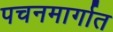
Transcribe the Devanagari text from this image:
पचनमार्गात